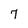
Character: 7